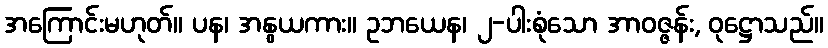
အကြောင်းမဟုတ်။ ပန၊ အနွယကား။ ဥဘယေန၊ ၂-ပါးစုံသော အာဝဇ္ဇန်း, ဝုဋ္ဌောသည်။